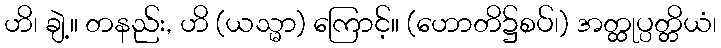
ဟိ၊ ချဲ့။ တနည်း, ဟိ (ယသ္မာ) ကြောင့်။ (ဟောတိ၌စပ်၊) အတ္ထုပ္ပတ္တိယံ၊